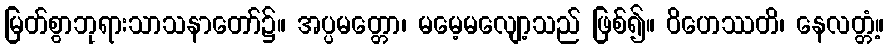
မြတ်စွာဘုရားသာသနာတော်၌။ အပ္ပမတ္တော၊ မမေ့မလျော့သည် ဖြစ်၍။ ဝိဟေဿတိ၊ နေလတ္တံ့။